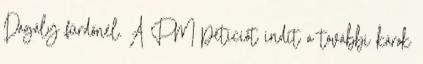
Dagály fürdőnél. A PM petíciót indít a további károk